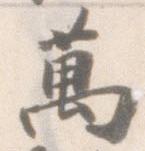
萬